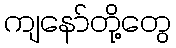
ကျနော်တို့တွေ